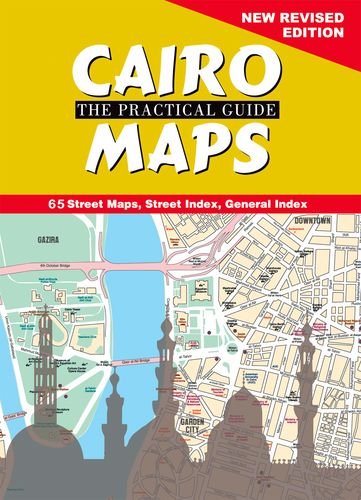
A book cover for Cairo The Practical Guide: Maps: New Revised Edition; American American University in Cairo Press; Travel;